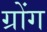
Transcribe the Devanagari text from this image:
ग्रोंग